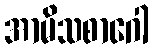
အာမိသစာဂေါ